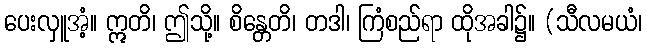
ပေးလှူအံ့။ ဣတိ၊ ဤသို့။ စိန္တေတိ၊ တဒါ၊ ကြံစည်ရာ ထိုအခါ၌။ (သီလမယံ၊